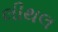
લીથલ